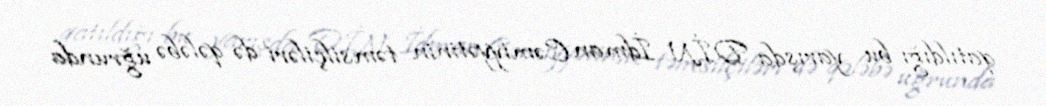
qatıldığı bu yarışda DİN İdman Cəmiyyətinin təmsilçiləri də qələbə uğrunda